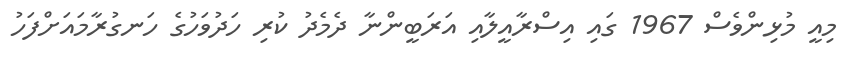
މިއީ މުޅިންވެސް 1967 ގައި އިސްރާއީލާއި އަރަބީންނާ ދެމެދު ކުރި ހަދުވަހުގެ ހަނގުރާމައަށްފަހު